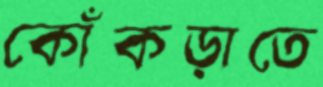
কোঁকড়াতে